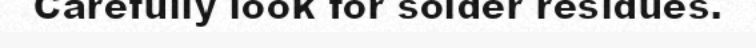
Carefully look for solder residues.